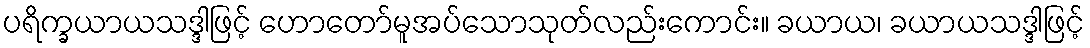
ပရိက္ခယာယသဒ္ဒါဖြင့် ဟောတော်မူအပ်သောသုတ်လည်းကောင်း။ ခယာယ၊ ခယာယသဒ္ဒါဖြင့်